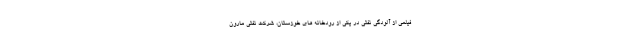
فیلمی از آلودگی نفتی در یکی از رودخانه های خوزستان، شرکت نفتی مارون